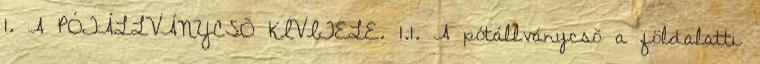
1. A PÓTÁLLVÁNYCSÕ KIVITELE. 1.1. A pótállványcsõ a földalatti